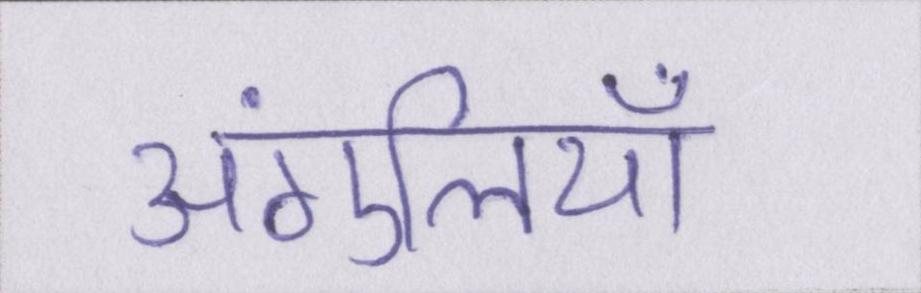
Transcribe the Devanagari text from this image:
अंगुलियाँ